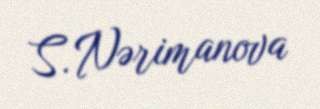
S. Nərimanova